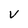
Character: v